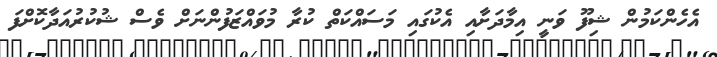
އެހެންކަމުން ޝިފޫ ވަނީ އިމާދަށާއި އެކުގައި މަސައްކަތް ކުރާ މުވައްޒަފުންނަށް ވެސް ޝުކުރުއަދާކޮށްފަ